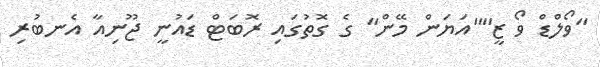
"ވޯލްޑް ވޯ ޒީ""އަޔަން މޭން" ގެ ގޮތުގައި ރޮބަޓް ޑައުނީ ޖޫނިއާ އެނބުރި